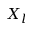
X _ { l }